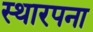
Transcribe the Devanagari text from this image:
स्थारपना